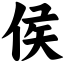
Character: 侯